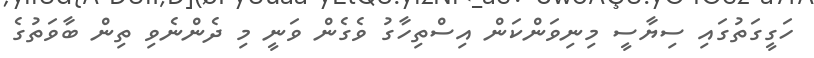
ހަގީގަތުގައި ސިޔާސީ މިނިވަންކަން އިސްތިހާގު ވެގެން ވަނީ މި ދެންނެވި ތިން ބާވަތުގެ